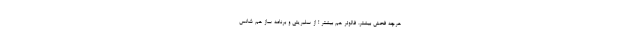
هرچه فحش بیشتر، فالوئر هم بیشتر ! از سلبریتی و برنامه ساز هم شانس